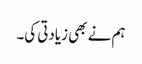
ہم نے بھی زیادتی کی۔